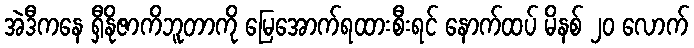
အဲဒီကနေ ရှီနိုဇာကိဘူတာကို မြေအောက်ရထားစီးရင် နောက်ထပ် မိနစ် ၂၀ လောက်